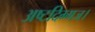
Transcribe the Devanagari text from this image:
अष्टदिग्गज।